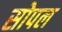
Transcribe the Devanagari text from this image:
सोपल